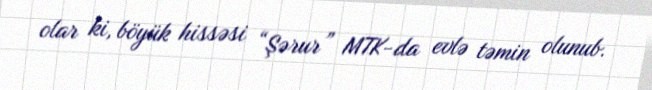
olar ki, böyük hissəsi “Şərur” MTK-da evlə təmin olunub.